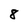
Character: 8